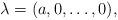
LaTeX: \begin{align*} \lambda = (a,0,\ldots,0), \end{align*}